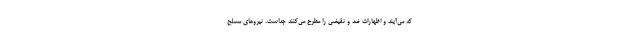
که می‌آیند و اظهارات ضد و نقیضی را مطرح می‌کنند جداست. نیروهای مسلح